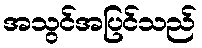
အသွင်အပြင်သည်